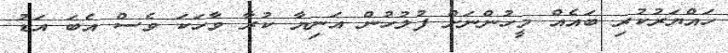
ހައްޔަރުކުރި ބައެއް މީހުންނަށް ފުލުހުން އަނިޔާ ކުރާ ވާހަކަ ވެސް އެބަ އަޑު